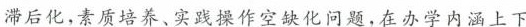
滞后化，素质培养、实践操作空缺化问题，在办学内涵上下